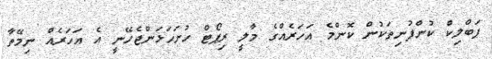
ޕަބްލިކް ކުންފުނިތަކުން ކޮންމެ އަހަރެއްގެ މާލީ ރިޕޯޓް ހުށަހަޅަންޖެހޭނީ އެ އަހަރެއް ނިމޭތާ